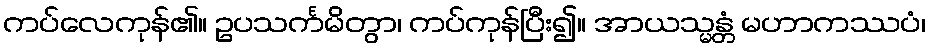
ကပ်လေကုန်၏။ ဥပသင်္ကမိတွာ၊ ကပ်ကုန်ပြီး၍။ အာယသ္မန္တံ မဟာကဿပံ၊